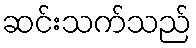
ဆင်းသက်သည်